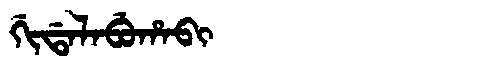
Manchu: ᡤᡳᡩᠠᠯᠠᠪᡠᡥᠠᠪᡳ
Romanization: GIDALABUHABI